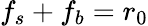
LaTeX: f_{s}+f_{b}=r_{0}